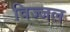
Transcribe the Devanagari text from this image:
विज्जल